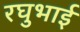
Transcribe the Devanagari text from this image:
रघुभाई